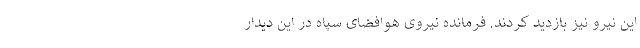
این نیرو نیز بازدید کردند. فرمانده نیروی هوافضای سپاه در این دیدار